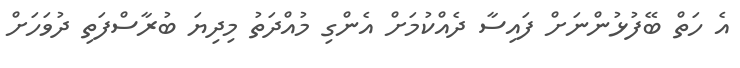
އެ ހަތް ބޭފުޅުންނަށް ފައިސާ ދެއްކުމަށް އެންގި މުއްދަތު މިދިޔަ ބުރާސްފަތި ދުވަހަށް